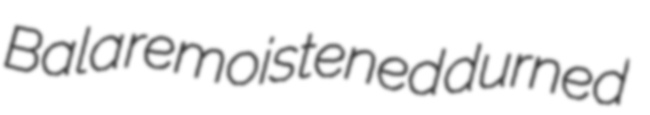
Bala remoistened durned